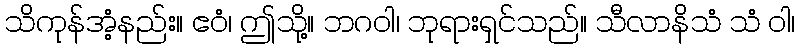
သိကုန်အံ့နည်း။ ဧဝံ၊ ဤသို့။ ဘဂဝါ၊ ဘုရားရှင်သည်။ သီလာနိသံ သံ ဝါ၊